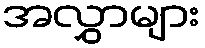
အလွှာများ